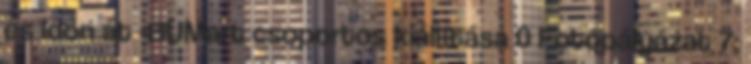
és Időn át -BUMart csoportos kiállítása 0 Fotópályázat 7: